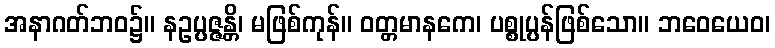
အနာဂတ်ဘဝ၌။ နဥပ္ပဇ္ဇန္တိ၊ မဖြစ်ကုန်။ ဝတ္တမာနကေ၊ ပစ္စုပ္ပန်ဖြစ်သော။ ဘဝေယေဝ၊